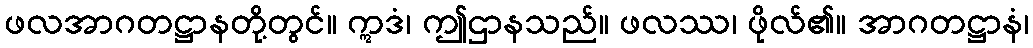
ဖလအာဂတဋ္ဌာနတို့တွင်။ ဣဒံ၊ ဤဌာနသည်။ ဖလဿ၊ ဖိုလ်၏။ အာဂတဋ္ဌာနံ၊